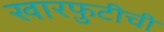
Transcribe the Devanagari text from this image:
खारफ़ुटीची